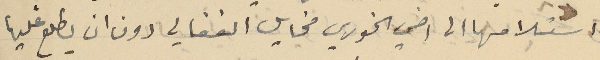
استلامها الى اخي الخوري مخايل الفغالي دون ان يطلع عليها